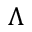
\Lambda